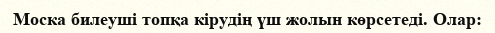
Моска билеуші топқа кірудің үш жолын көрсетеді. Олар: